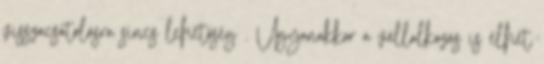
visszacsatolásra sincs lehetőség . Ugyanakkor a vállalkozás is élhet